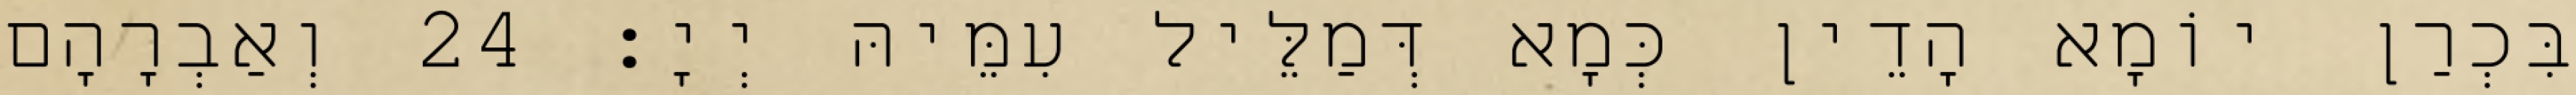
בִּכְרַן יוֹמָא הָדֵין כְּמָא דְּמַלֵּיל עִמֵּיהּ יְיָ׃ 24 וְאַבְרָהָם